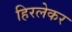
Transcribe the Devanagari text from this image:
हिरलेकर